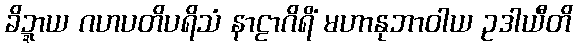
ခိဍ္ဍာယ ဂဟပတိပရိသံ နာဠာဂိရိံ မဟာနုဘာဝါယ ဥဒါယီတိ